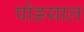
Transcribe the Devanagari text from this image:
पोडयाल